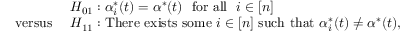
\begin{array} { r l } & { H _ { 0 1 } : \alpha _ { i } ^ { * } ( t ) = \alpha ^ { * } ( t ) ~ ~ \mathrm { f o r ~ a l l } ~ ~ i \in [ n ] } \\ { \mathrm { ~ v e r s u s ~ } } & { H _ { 1 1 } : \mathrm { T h e r e ~ e x i s t s ~ s o m e } \ i \in [ n ] \ \mathrm { s u c h ~ t h a t } \ \alpha _ { i } ^ { * } ( t ) \neq \alpha ^ { * } ( t ) , } \end{array}